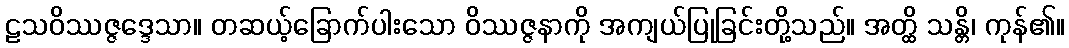
ဠသဝိဿဇ္ဇဒ္ဒေသာ။ တဆယ့်ခြောက်ပါးသော ဝိဿဇ္ဇနာကို အကျယ်ပြုခြင်းတို့သည်။ အတ္ထိ သန္တိ၊ ကုန်၏။